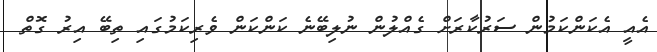
އެއީ އެކަންކަމުން ސަރުކާރަށް ގެއްލުން ނުލިބޭނެ ކަންކަން ވެރިކަމުގައި ތިބޭ އިރު ގޮތް